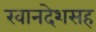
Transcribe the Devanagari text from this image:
खानदेशसह